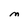
Character: M